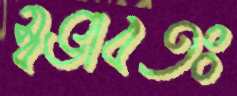
স্বভাবতঃ